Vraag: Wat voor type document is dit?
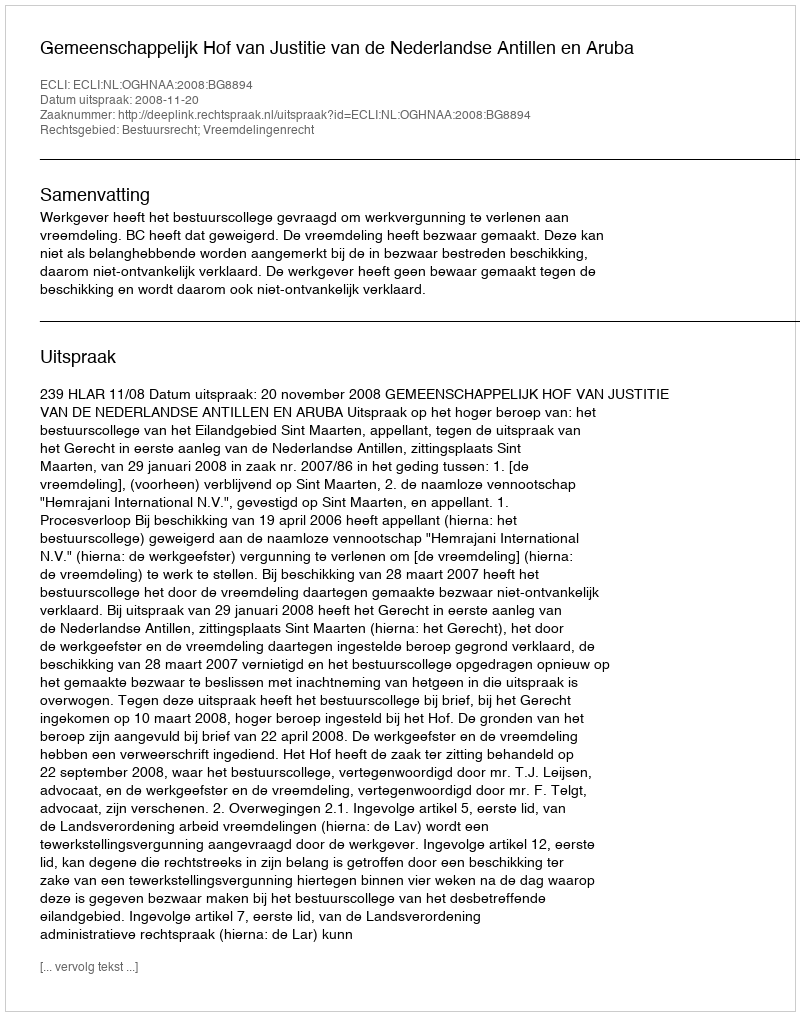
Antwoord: Uitspraak